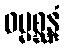
ဓမ္မစ္ဆန္ဒံ